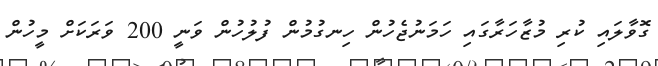
ގޮވާލައި ކުރި މުޒާހަރާގައި ހަމަނުޖެހުން ހިނގުމުން ފުލުހުން ވަނީ 200 ވަރަކަށް މީހުން